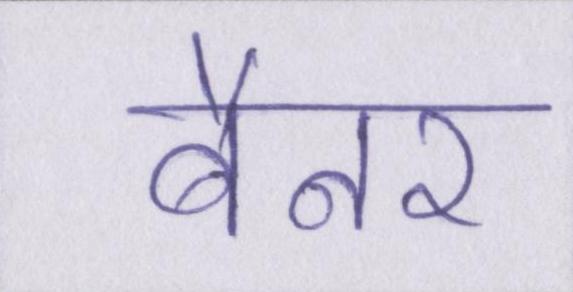
बैनर